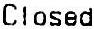
CLOSED